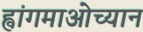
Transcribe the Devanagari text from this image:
ह्वांगमाओच्यान